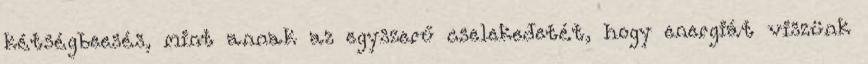
kétségbeesés, mint annak az egyszerű cselekedetét, hogy energiát viszünk